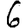
Digit: 6